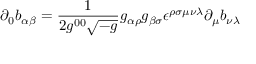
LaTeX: \partial _ { 0 } b _ { \alpha \beta } = { \frac { 1 } { 2 g ^ { 0 0 } \sqrt { - g } } } g _ { \alpha \rho } g _ { \beta \sigma } \epsilon ^ { \rho \sigma \mu \nu \lambda } \partial _ { \mu } b _ { \nu \lambda }